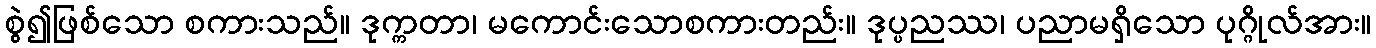
စွဲ၍ဖြစ်သော စကားသည်။ ဒုက္ကတာ၊ မကောင်းသောစကားတည်း။ ဒုပ္ပညဿ၊ ပညာမရှိသော ပုဂ္ဂိုလ်အား။